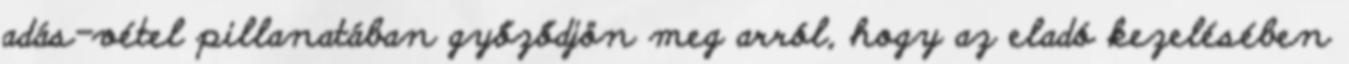
adás-vétel pillanatában győződjön meg arról, hogy az eladó kezelésében